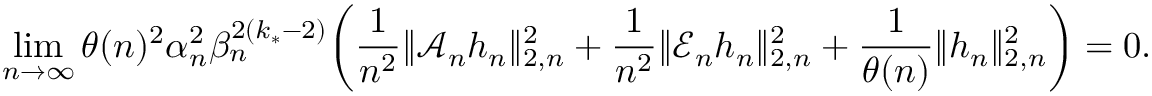
\operatorname* { l i m } _ { n \to \infty } \theta ( n ) ^ { 2 } \alpha _ { n } ^ { 2 } \beta _ { n } ^ { 2 ( k _ { * } - 2 ) } \bigg ( \frac { 1 } { n ^ { 2 } } \| \mathscr { A } _ { n } h _ { n } \| _ { 2 , n } ^ { 2 } + \frac { 1 } { n ^ { 2 } } \| \mathscr { E } _ { n } h _ { n } \| _ { 2 , n } ^ { 2 } + \frac { 1 } { \theta ( n ) } \| h _ { n } \| _ { 2 , n } ^ { 2 } \bigg ) = 0 .